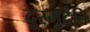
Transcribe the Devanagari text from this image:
दूरमुदैति